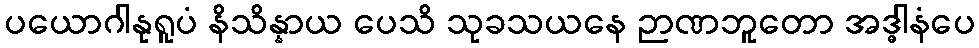
ပယောဂါနုရူပံ နိသိန္နာယ ပေသိ သုခသယနေ ဉာဏဘူတော အဒ္ဓါနံပေ